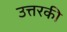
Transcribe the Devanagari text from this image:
उत्तरकी